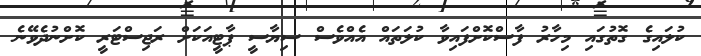
ކުލައިގެ ގޮތުގައި މިހާރު ފާސްކޮށްފައިވާ ކުލަތައް އެއްވެސް ސިޔާސީ ޕާޓީއަކަށް ރަޖިސްޓަރީ ކޮށްނުދެވޭނެ